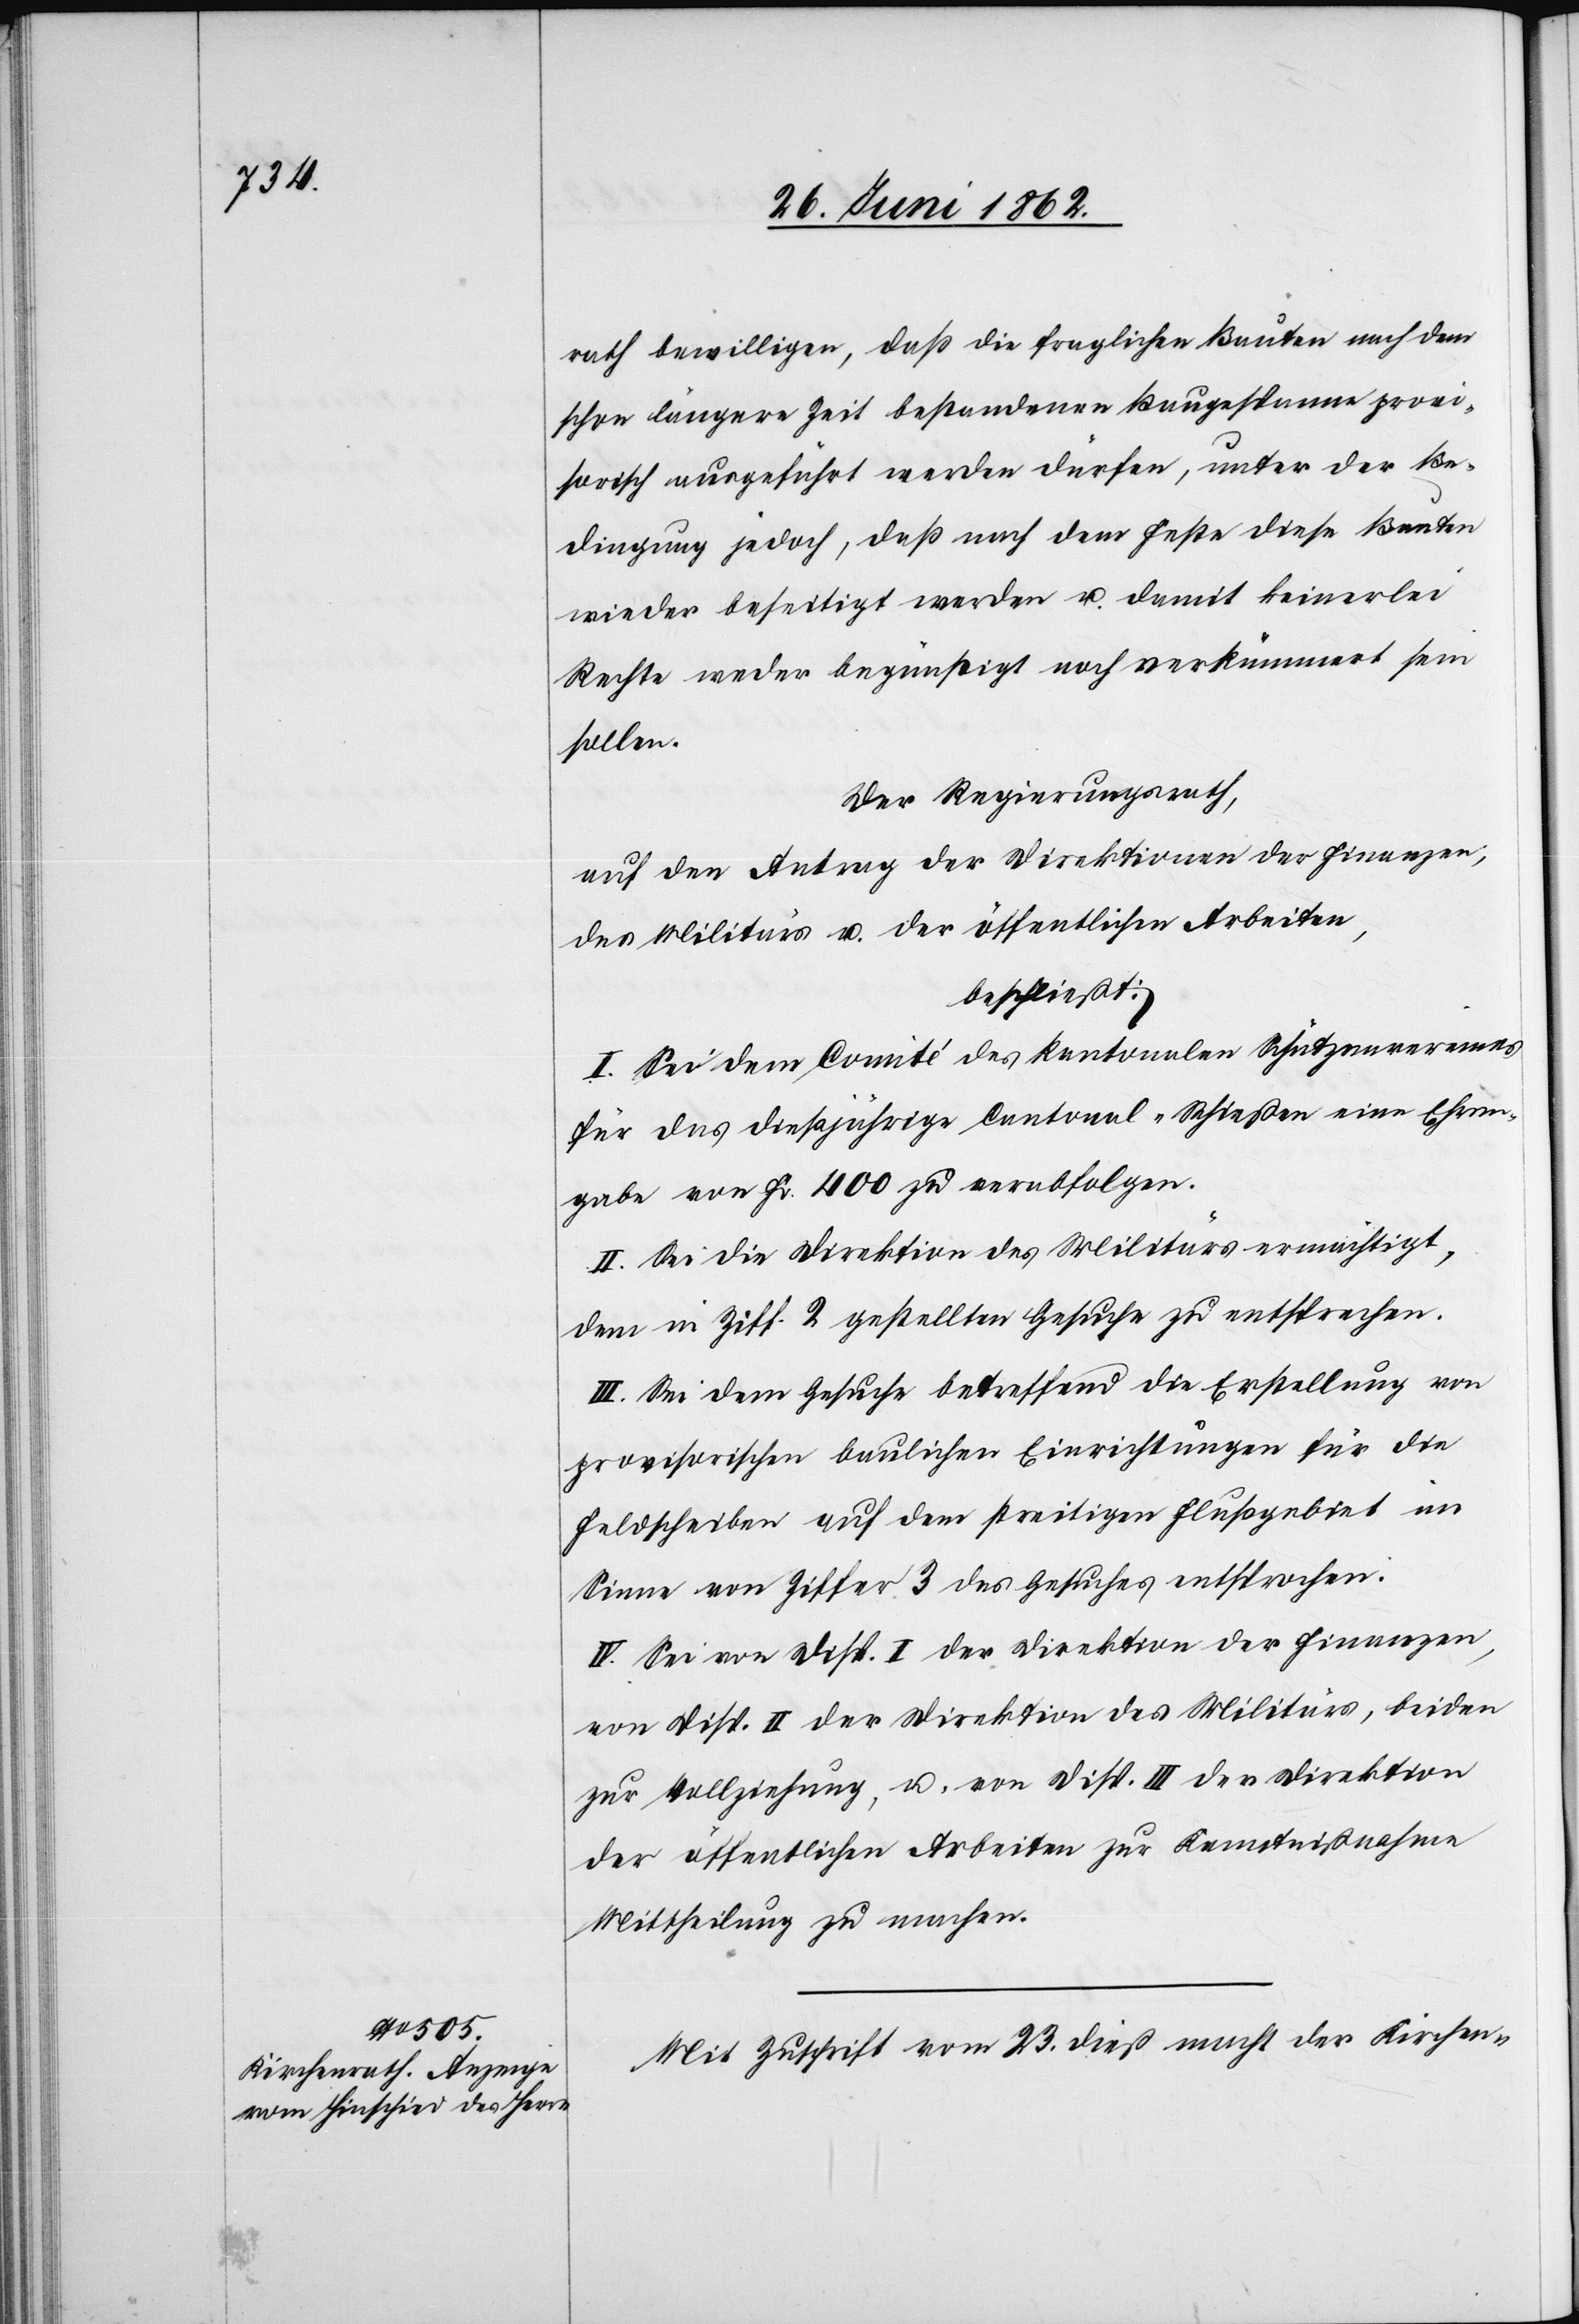
rath bewilligen, daß die fraglichen Bauten nach dem
schon längere Zeit bestandenen Baugespanne provi¬
sorisch ausgeführt werden dürfen, unter der Be¬
dingung jedoch, daß nach dem Feste diese Bauten
wieder beseitigt werden u. damit keinerlei
Rechte weder begünstigt noch verkümmert sein
sollen.
Der Regierungsrath,
auf den Antrag der Direktionen der Finanzen,
des Militärs u. der öffentlichen Arbeiten,
beschließt:
I. Sei dem Comité des kantonalen Schützenvereines
für das dießjährige Cantonal-Schießen eine Ehren¬
gabe von Fr. 400 zu verabfolgen.
II. Sei die Direktion des Militärs ermächtigt,
dem in Ziff. 2 gestellten Gesuche zu entsprechen.
III. Sei dem Gesuche betreffend die Erstellung von
provisorischen baulichen Einrichtungen für die
Feldscheiben auf dem streitigen Flußgebiet im
Sinne von Ziffer 3 des Gesuches entsprochen.
IV. Sei von Disp. I der Direktion der Finanzen,
von Disp. II der Direktion des Militärs, beiden
zur Vollziehung, u. von Disp. III der Direktion
der öffentlichen Arbeiten zur Kenntnißnahme
Mittheilung zu machen.
Mit Zuschrift vom 23. dieß macht der Kirchen-